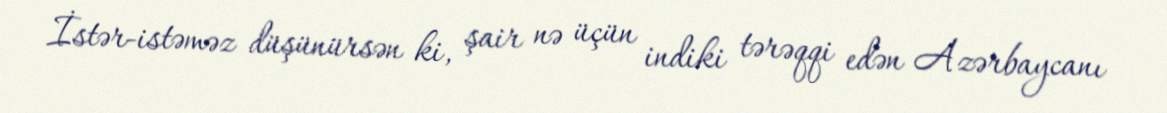
İstər-istəməz düşünürsən ki, şair nə üçün indiki tərəqqi edən Azərbaycanı